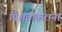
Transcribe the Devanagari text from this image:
पिशवीकरांना